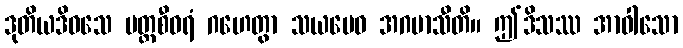
ဒုတိယဒိဝသေ ပတ္တစီဝရံ ဂဟေတွာ သယမေဝ အဂမာသီတိ။ ဤဒိသဿ အာဝါသော